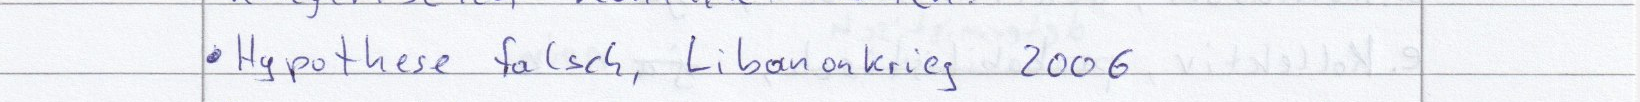
Hypothese falsch, Libanonkrieg 2006